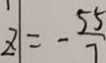
Z = - \frac { 5 5 } { 7 }